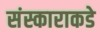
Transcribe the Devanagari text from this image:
संस्काराकडे